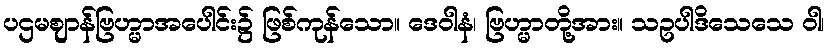
ပဌမဈာန်ဗြဟ္မာအပေါင်း၌ ဖြစ်ကုန်သော။ ဒေဝါနံ၊ ဗြဟ္မာတို့အား။ သဥပါဒိသေသေ ဝါ၊